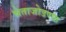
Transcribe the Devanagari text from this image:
चेताजोडण्या